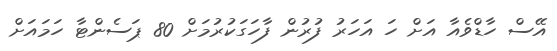
އޭސް ހާޑްވެއާ އަށް ހަ އަހަރު ފުރުން ފާހަގަކުރުމަށް 80 ޕަސެންޓާ ހަމައަށް